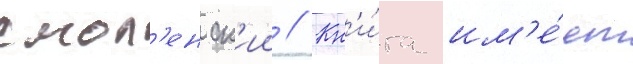
смол'енск'ии // Кн'и́га им'е́ет